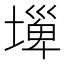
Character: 𡐕